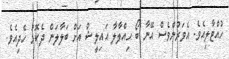
ހުއްޓާލިއެވެ. އެވަރުންވެސް އޭނާ ބޯ ހިއްލާލާ އައިލީޝް އަށް ބަލާލަން ދެކޮޅު ހެދިއެވެ.